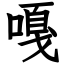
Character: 嘎